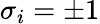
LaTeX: \sigma_{i}=\pm 1